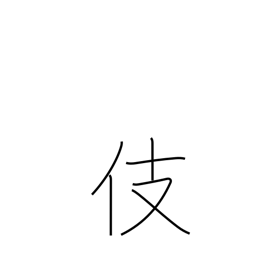
Meaning: skill